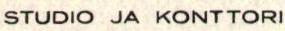
STUDIO JA KONTTORI